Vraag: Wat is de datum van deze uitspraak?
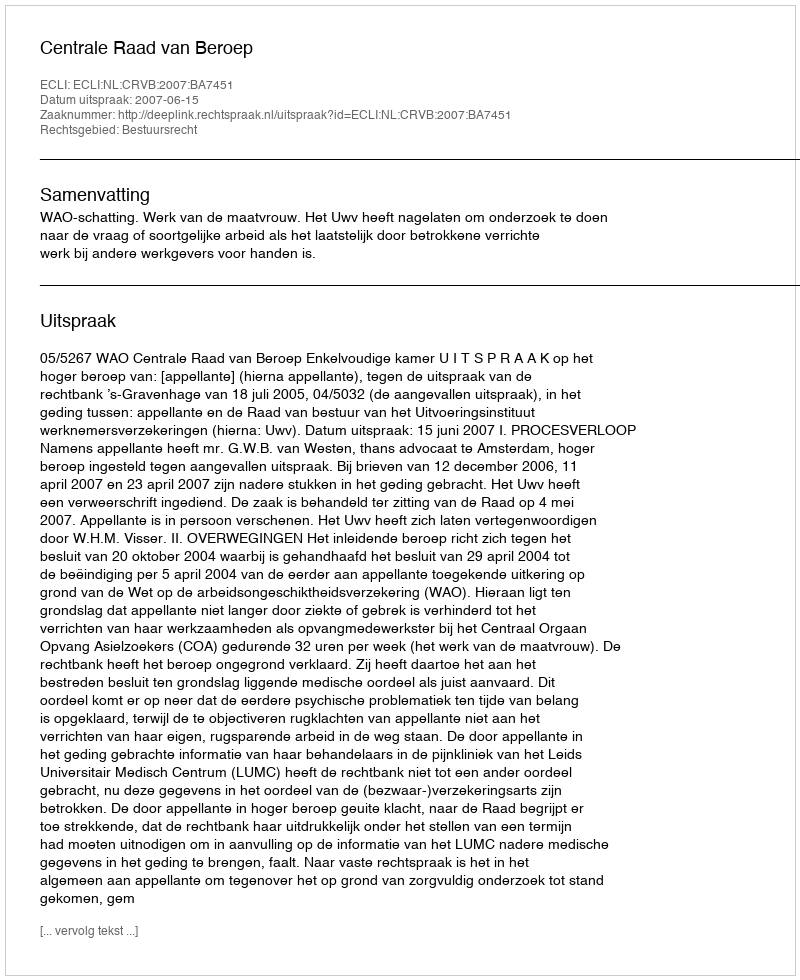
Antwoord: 2007-06-15